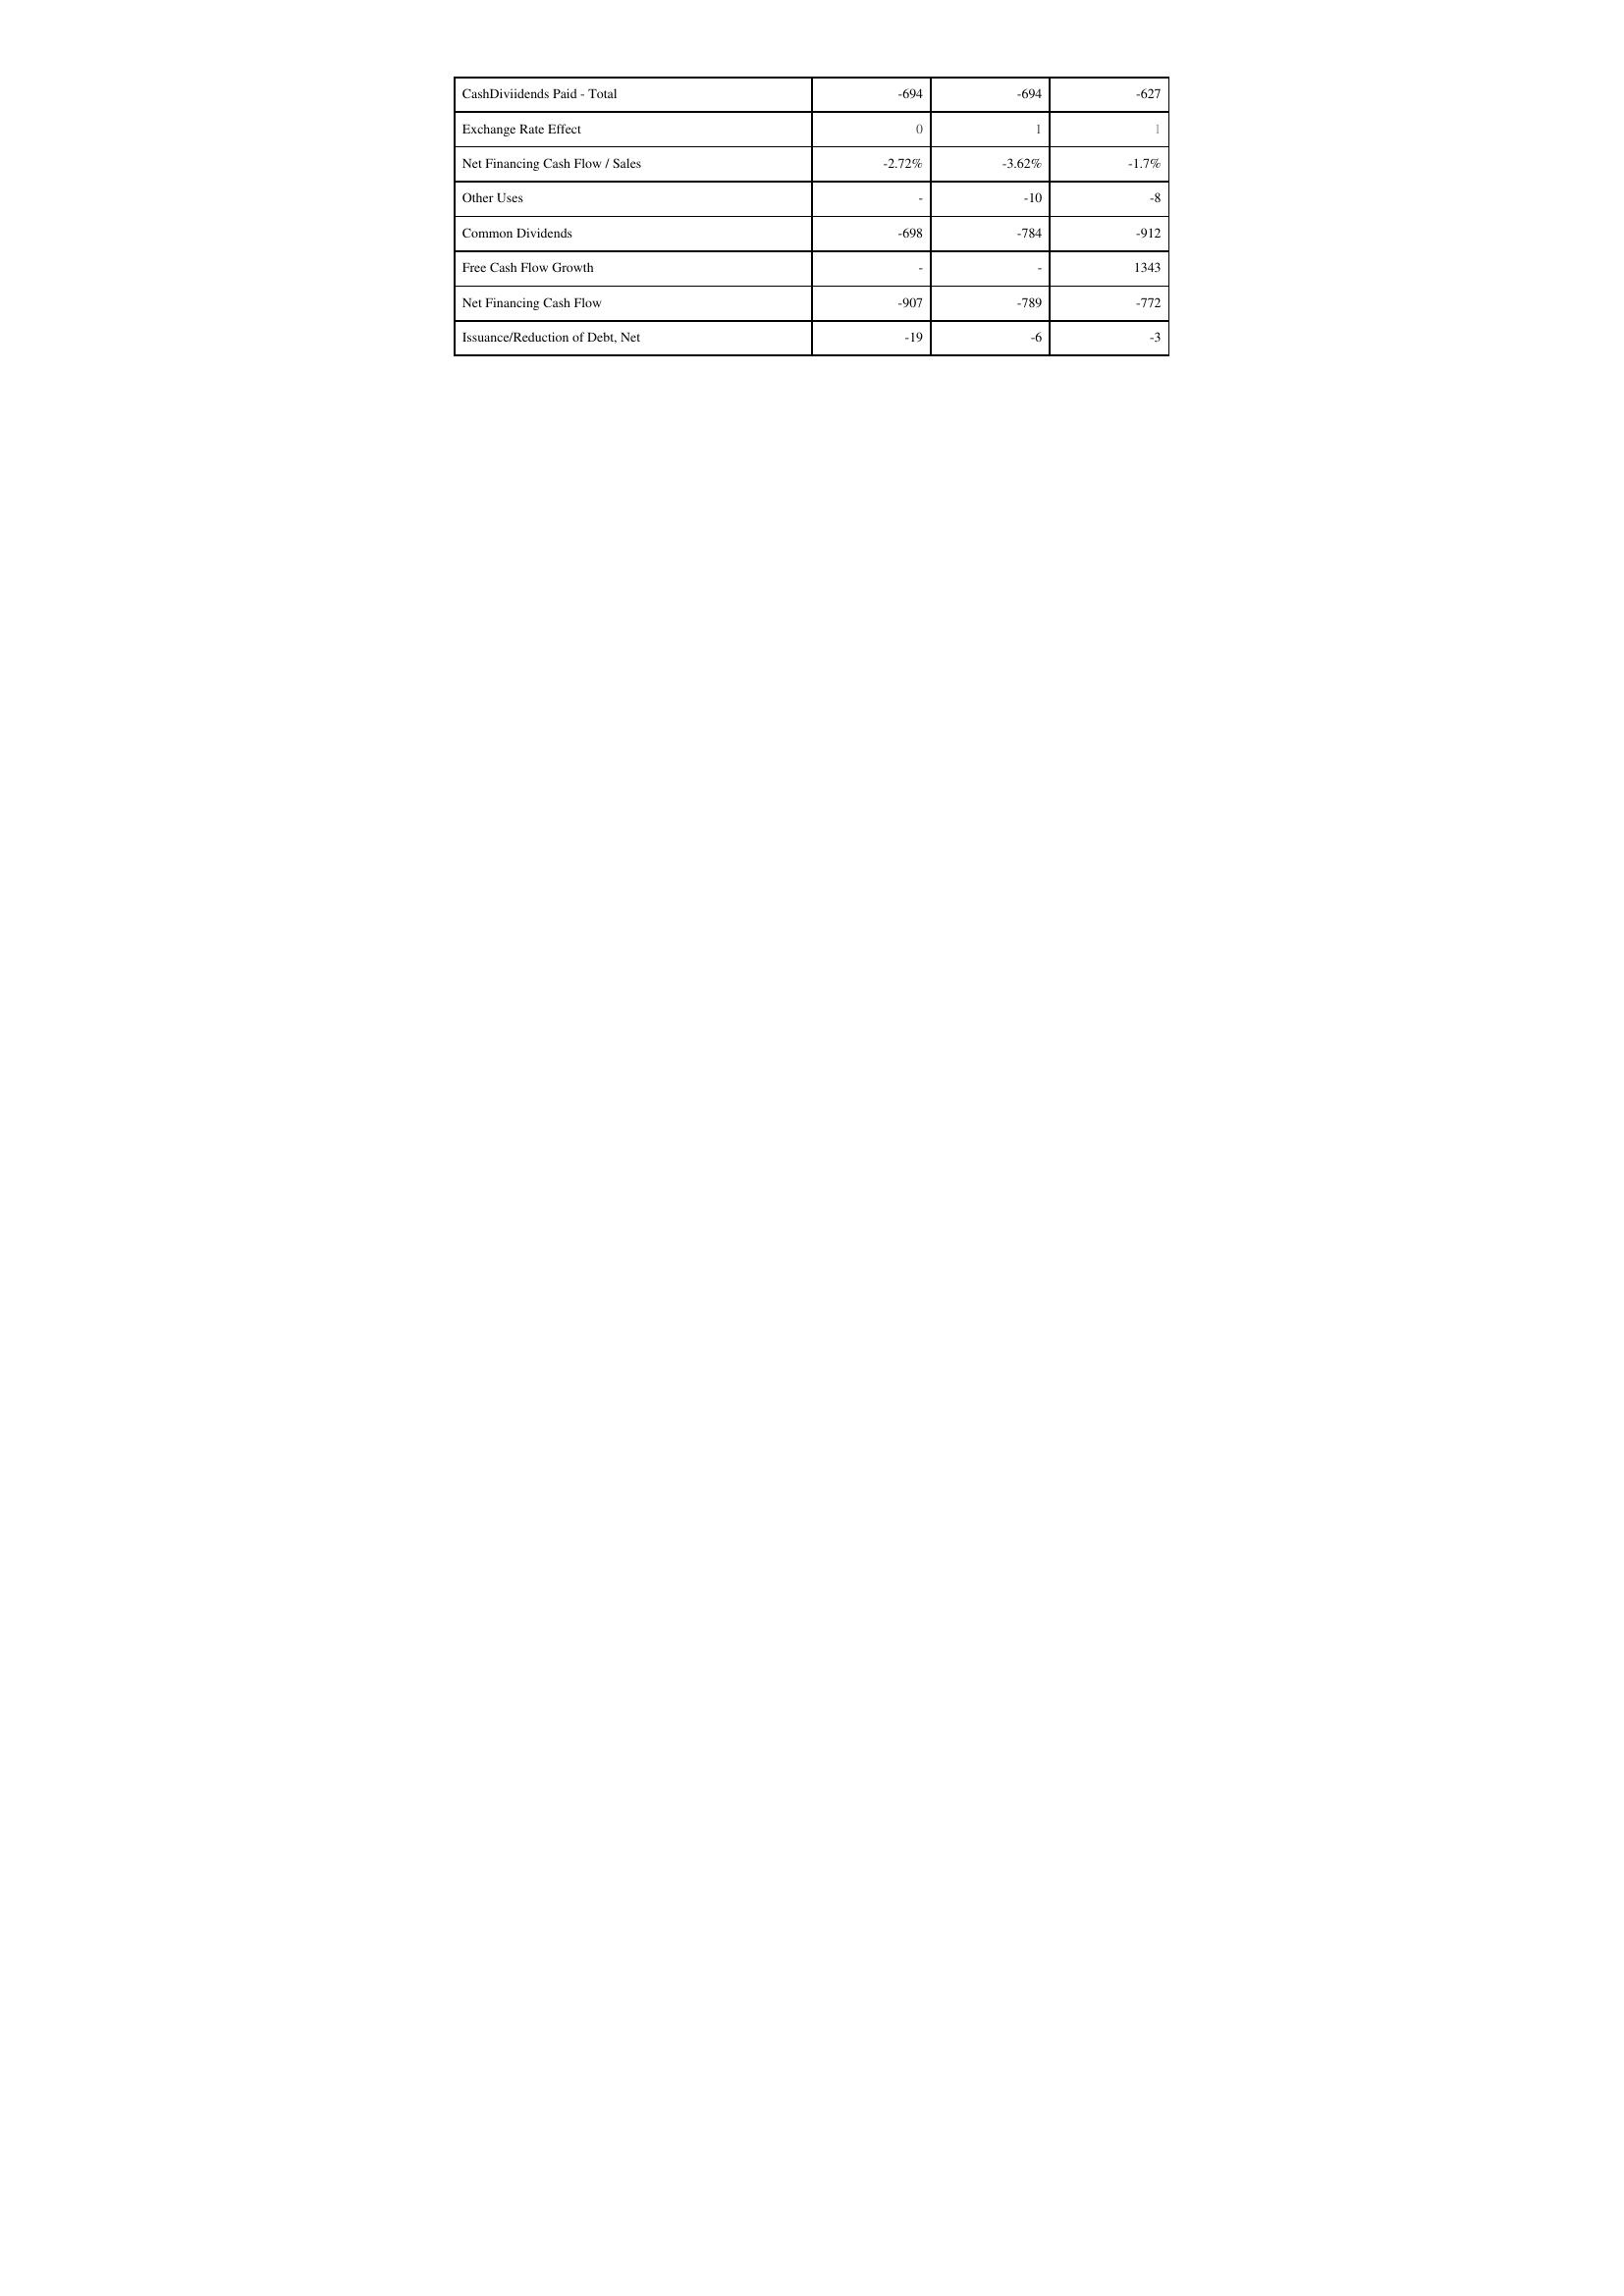
2009: Financing Activities: CashDiviidends Paid - Total: -694
Exchange Rate Effect: 0
Net Financing Cash Flow / Sales: -2.72%
Other Uses: -
Common Dividends: -698
Free Cash Flow Growth: -
Net Financing Cash Flow: -907
Issuance/Reduction of Debt, Net: -19
2008: Financing Activities: CashDiviidends Paid - Total: -694
Exchange Rate Effect: 1
Net Financing Cash Flow / Sales: -3.62%
Other Uses: -10
Common Dividends: -784
Free Cash Flow Growth: -
Net Financing Cash Flow: -789
Issuance/Reduction of Debt, Net: -6
2007: Financing Activities: CashDiviidends Paid - Total: -627
Exchange Rate Effect: 1
Net Financing Cash Flow / Sales: -1.7%
Other Uses: -8
Common Dividends: -912
Free Cash Flow Growth: 1343
Net Financing Cash Flow: -772
Issuance/Reduction of Debt, Net: -3